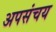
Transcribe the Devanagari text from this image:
अपसंचय